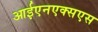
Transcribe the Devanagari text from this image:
आईएनएक्सएस